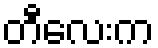
တီလေးက